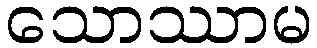
သောဿာမ